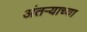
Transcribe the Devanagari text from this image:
अंतऱ्याच्या